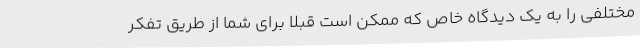
مختلفی را به یک دیدگاه خاص که ممکن است قبلاً برای شما از طریق تفکر